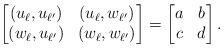
LaTeX: \begin{align*}\begin{bmatrix}(u_{\ell},u_{\ell'}) & (u_{\ell},w_{\ell'}) \\(w_{\ell},u_{\ell'}) & (w_{\ell},w_{\ell'})\end{bmatrix}=\begin{bmatrix}a & b \\c & d\end{bmatrix}.\end{align*}